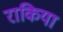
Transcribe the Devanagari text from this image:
राकिया